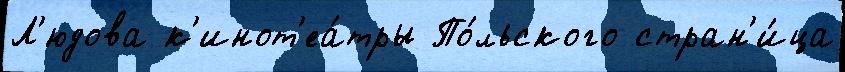
Л'юдова к'инот'еа́тры По́льского стран'и́ца